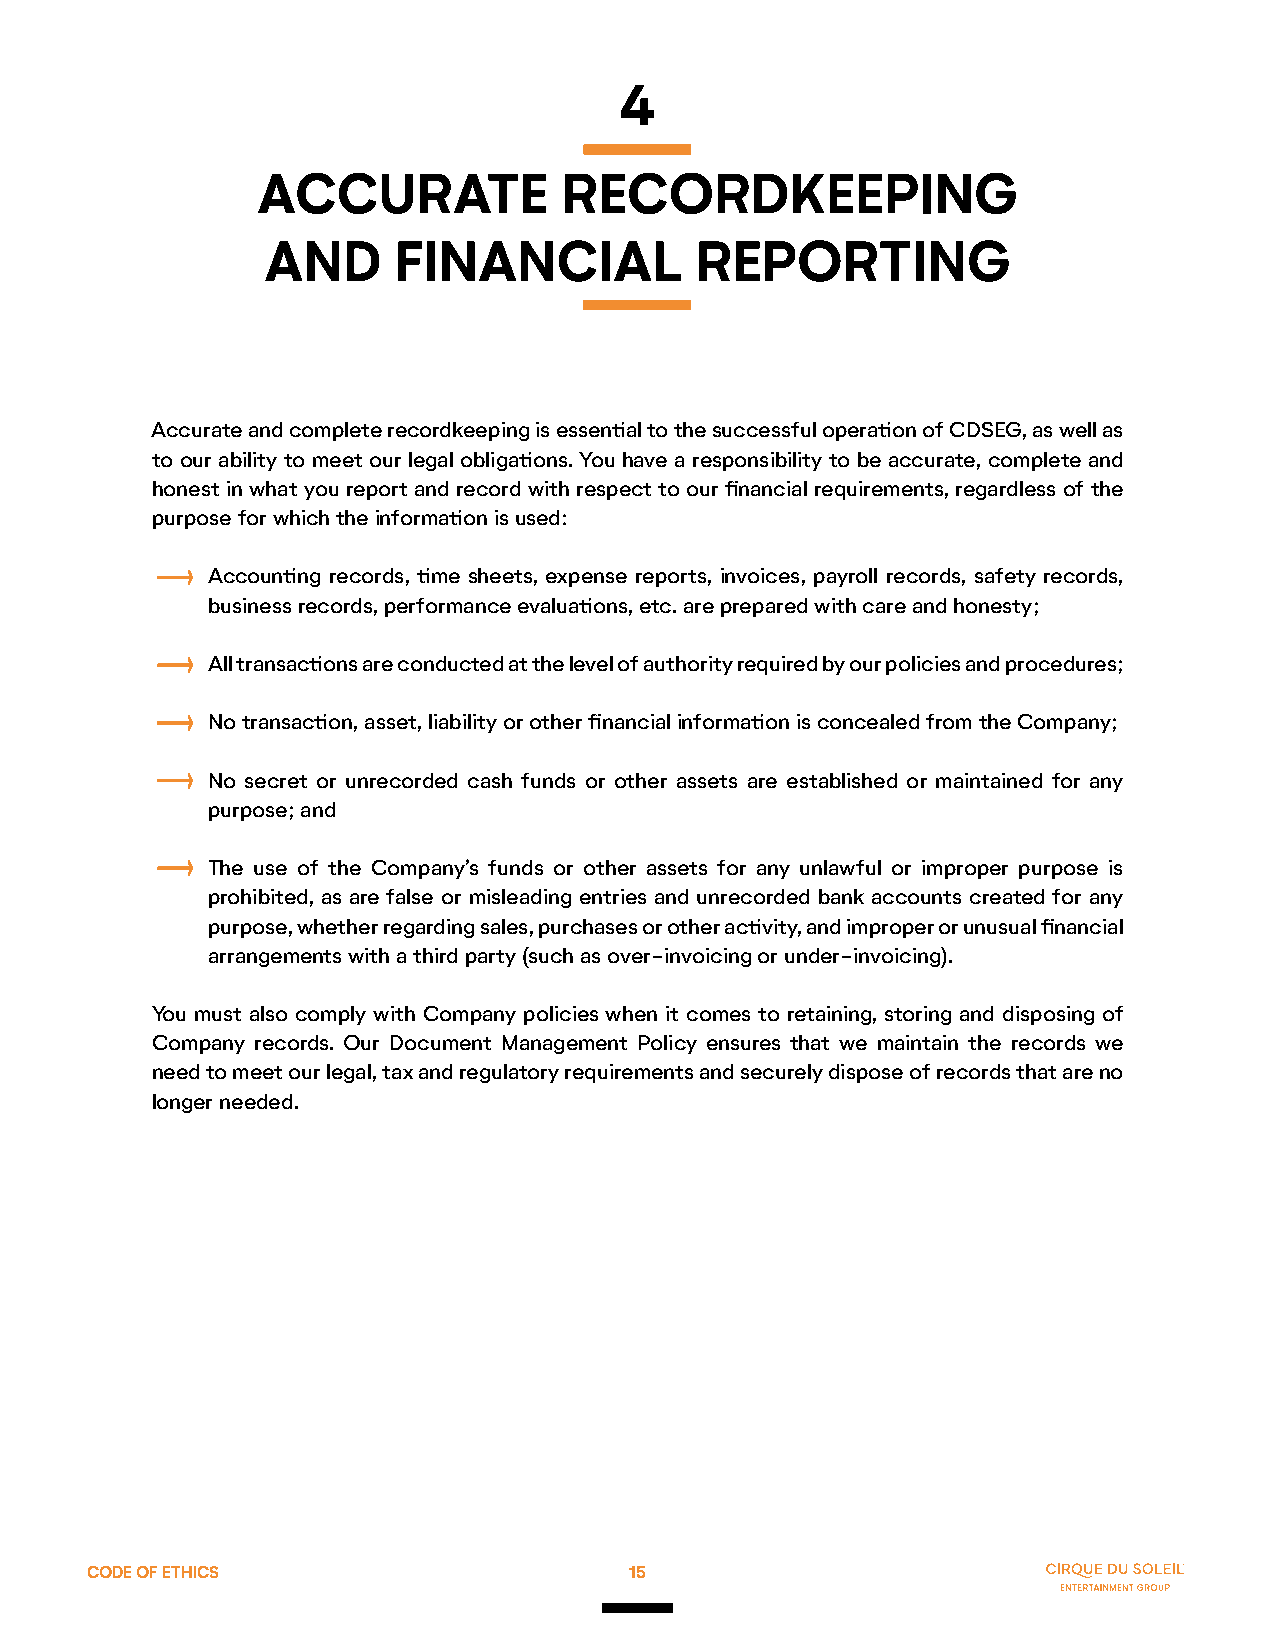
4
 ACCURATE            RECORDKEEPING
 AND     FINANCIAL           REPORTING
 Accurate and complete recordkeeping is essential to the successful operation of CDSEG, as well as
 to our ability to meet our legal obligations. You have a responsibility to be accurate, complete and
 honest in what you report and record with respect to our financial requirements, regardless of the
 purpose for which the information is used:
 Accounting records, time sheets, expense reports, invoices, payroll records, safety records,
 business records, performance evaluations, etc. are prepared with care and honesty;
 All transactions are conducted at the level of authority required by our policies and procedures;
 No transaction, asset, liability or other financial information is concealed from the Company;
 No secret or unrecorded cash funds or other assets are established or maintained for any
 purpose; and
 The use of the Company’s funds or other assets for any unlawful or improper purpose is
 prohibited, as are false or misleading entries and unrecorded bank accounts created for any
 purpose, whether regarding sales, purchases or other activity, and improper or unusual financial
 arrangements with a third party (such as over-invoicing or under-invoicing).
 You must also comply with Company policies when it comes to retaining, storing and disposing of
 Company records. Our Document Management Policy ensures that we maintain the records we
 need to meet our legal, tax and regulatory requirements and securely dispose of records that are no
 longer needed.
 CODE OF ETHICS                      15